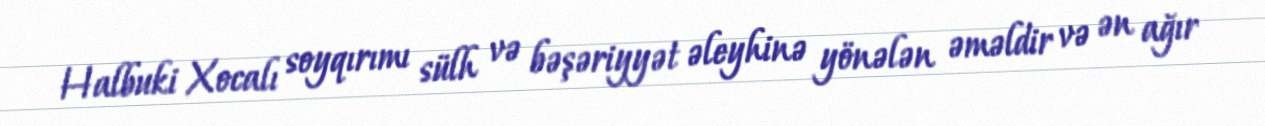
Halbuki Xocalı soyqırımı sülh və bəşəriyyət əleyhinə yönələn əməldir və ən ağır